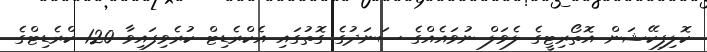
ކޮލިފިކޭޝަން އޮތޯރިޓީގެ ލެވަލް ނުވައެއްގެ ސަނަދުގެ ގޮތުގައި އެކްރެޑިޓް ކުރެވިފައިވާ 120 ކްރެޑިޓްގެ